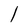
Character: l